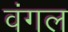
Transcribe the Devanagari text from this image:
वंगल